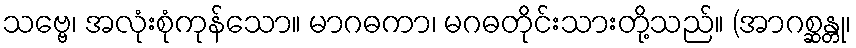
သဗ္ဗေ၊ အလုံးစုံကုန်သော။ မာဂဓကာ၊ မဂဓတိုင်းသားတို့သည်။ (အာဂစ္ဆန္တု၊